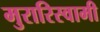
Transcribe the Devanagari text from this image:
मुरारिस्वामी